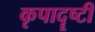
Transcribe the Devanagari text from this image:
कृपादॄष्टी